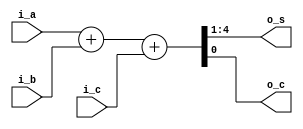
module adder_4bit_dataflow
(
	output [3:0] o_s,
	output 		 o_c,
	input  [3:0] i_a,
	input  [3:0] i_b,
	input 		 i_c
);

	assign {o_s, o_c} = i_a + i_b + i_c;

endmodule